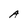
Character: A